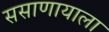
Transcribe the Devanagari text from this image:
ससाणायाला